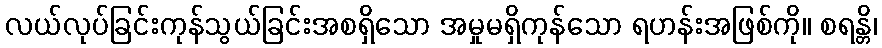
လယ်လုပ်ခြင်းကုန်သွယ်ခြင်းအစရှိသော အမှုမရှိကုန်သော ရဟန်းအဖြစ်ကို။ စရန္တိ၊